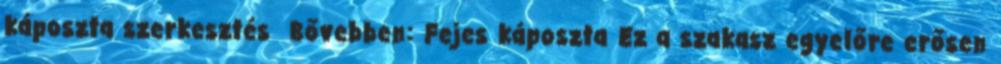
káposzta szerkesztés Bővebben: Fejes káposzta Ez a szakasz egyelőre erősen